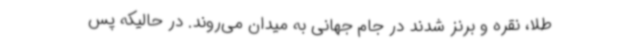
طلا، نقره و برنز شدند در جام جهانی به میدان می‌روند. در حالیکه پس